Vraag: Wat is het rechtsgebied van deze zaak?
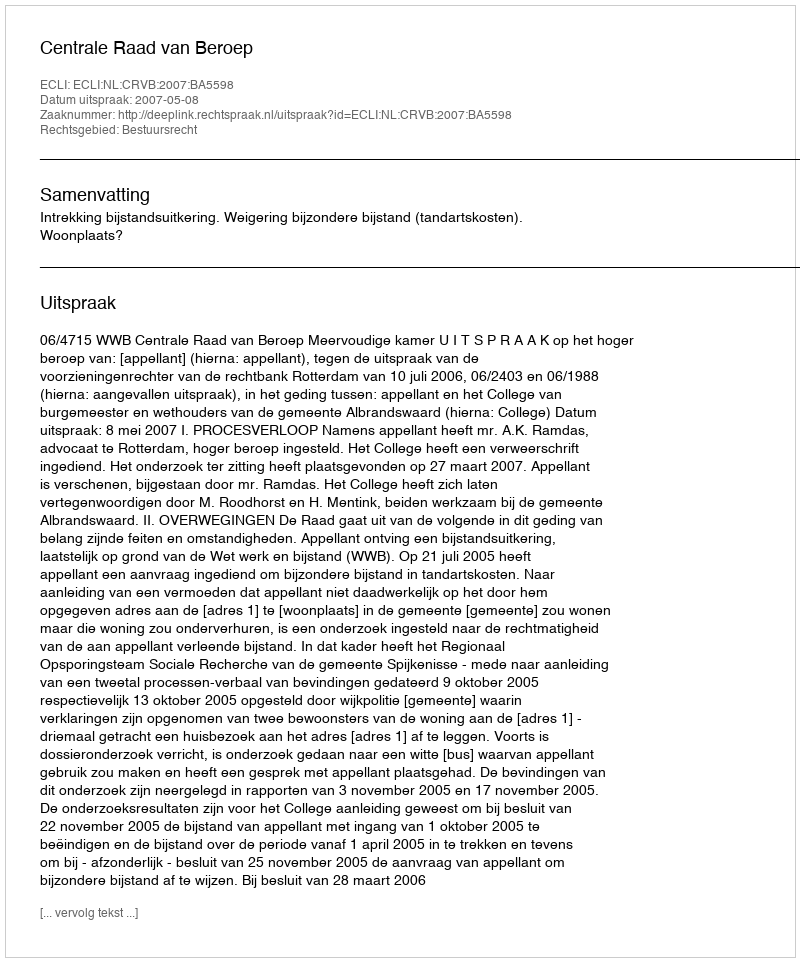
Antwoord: Bestuursrecht